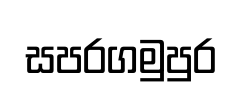
සපරගමුපුර